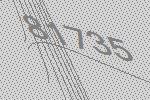
81735